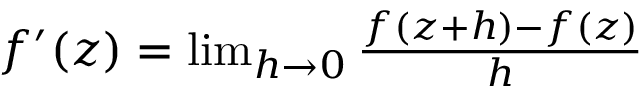
\begin{array} { r } { f ^ { \prime } ( z ) = \operatorname* { l i m } _ { h \rightarrow 0 } \frac { f ( z + h ) - f ( z ) } { h } } \end{array}